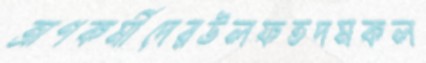
ত্রাণকর্মীদেরউলফতদমকল